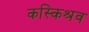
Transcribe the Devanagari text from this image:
कस्किश्रव